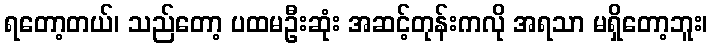
ရတော့တယ်၊ သည်တော့ ပထမဦးဆုံး အဆင့်တုန်းကလို အရသာ မရှိတော့ဘူး၊